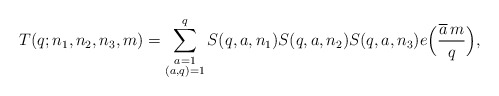
\begin{align*}T(q;n_1,n_2,n_3,m)=\sum_{\substack{a=1\\(a,q)=1}}^qS(q,a,n_1)S(q,a,n_2)S(q,a,n_3)e\Big(\frac{\overline{a}\,m}{q}\Big),\end{align*}